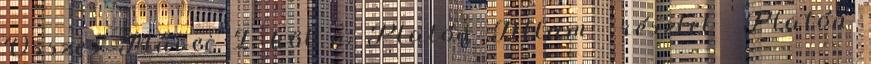
Összes Művei I. köt o. Platón Állam részlet Platón